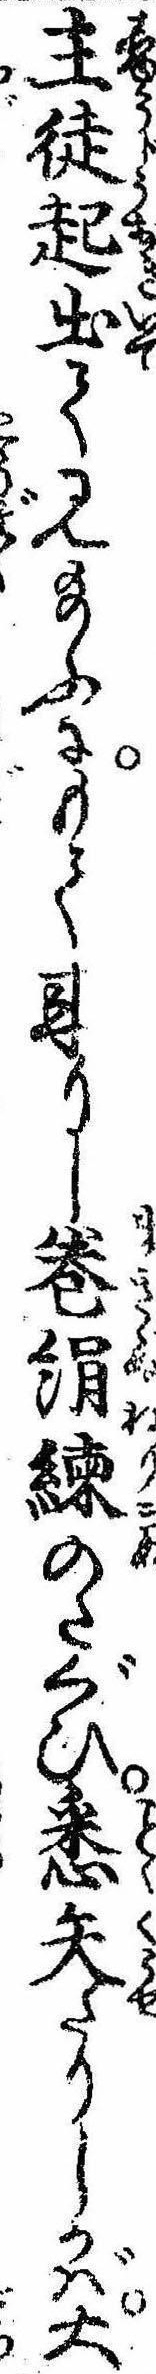
主徒起出て見給ふにもて来りし巻絹練のたぐひ悉失たりしかば大